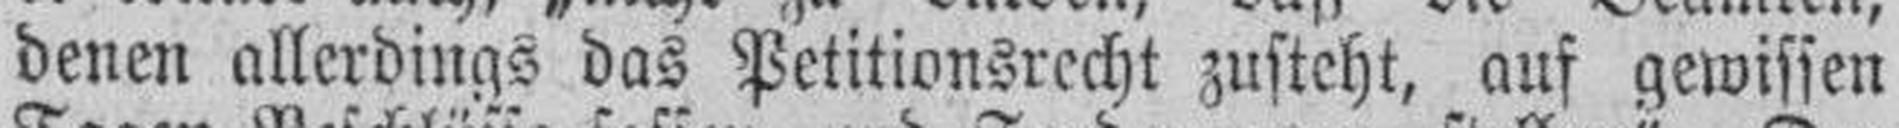
denen allerdings das Petitionsrecht zusteht, auf gewissen